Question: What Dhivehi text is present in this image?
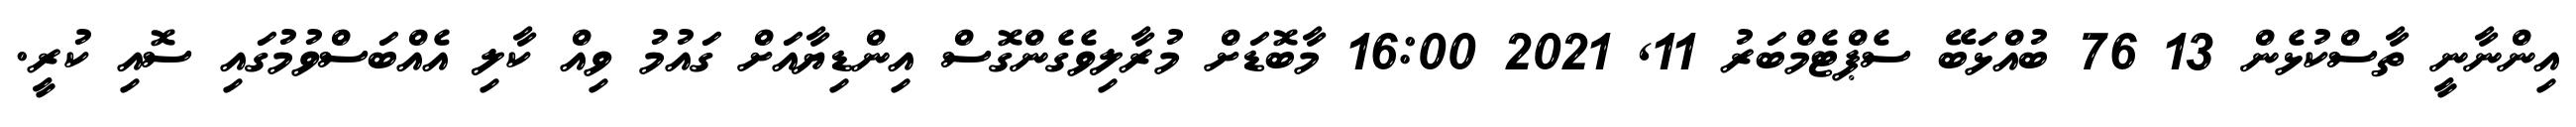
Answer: އިންނާނީ ތާސްކުޅެން 13 76 ބުއްޅަބޭ ސެޕްޓެމްބަރު 11, 2021 16:00 މާބޮޑަށް މުރާލިވެގެންގޮސް އިންޑިޔާއަށް ގައުމު ވިއް ކާލި އެއްބަސްވުމުގައި ސޮއި ކުރީ.